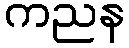
ကညန